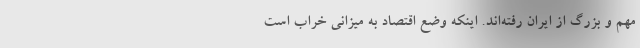
مهم و بزرگ از ایران رفته‌اند. اینکه وضع اقتصاد به میزانی خراب است